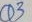
Text: Q3